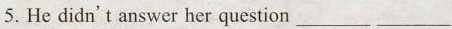
5.He didn't answer her question___ ___